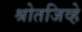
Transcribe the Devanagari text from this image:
श्रोतजिव्हे